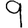
Digit: 9